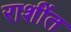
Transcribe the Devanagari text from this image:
राशींत